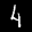
Label: 4